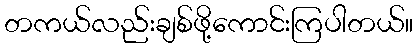
တကယ်လည်းချစ်ဖို့ကောင်းကြပါတယ်။